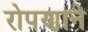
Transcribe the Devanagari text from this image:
रोपणाने